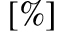
[ \% ]